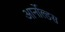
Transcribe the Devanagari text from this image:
आर्नोल्डस